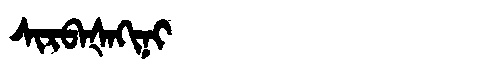
Manchu: ᠰᡳᡵᠪᠠᡧᠠᡴᡳᠨᡳ
Romanization: SIRBAŠAKINI